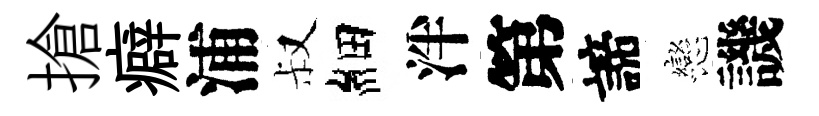
搶癖浦叔細泮第諦戀譏